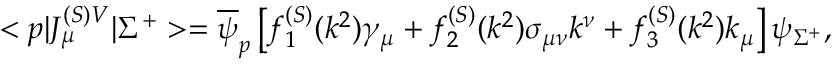
< p | J _ { \mu } ^ { ( S ) V } | \Sigma ^ { + } > = \overline { { \psi } } _ { p } \left[ f _ { 1 } ^ { ( S ) } ( k ^ { 2 } ) \gamma _ { \mu } + f _ { 2 } ^ { ( S ) } ( k ^ { 2 } ) \sigma _ { \mu \nu } k ^ { \nu } + f _ { 3 } ^ { ( S ) } ( k ^ { 2 } ) k _ { \mu } \right] \psi _ { \Sigma ^ { + } } ,